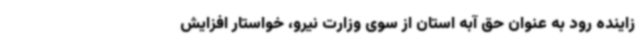
زاینده رود به عنوان حق آبه استان از سوی وزارت نیرو، خواستار افزایش